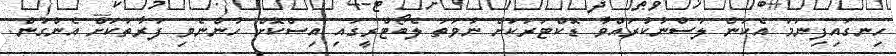
ހިނގައިފިނަމަ އެކަން ލަސްނުކުރައްވާ ޑޮކްޓަރަކަށް ނުވަތަ ލެބޯޓްރީގައި އިސްކޮށް ހުންނެވި ފަރާތަކަށް އެންގުން.